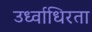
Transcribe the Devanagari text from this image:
उर्ध्वाधिरता